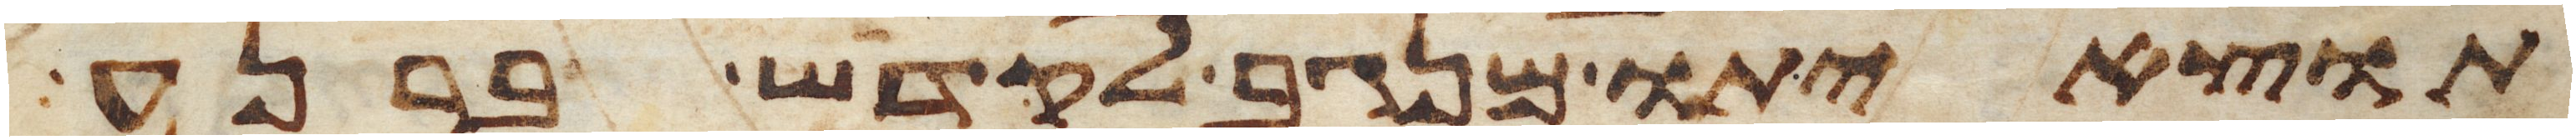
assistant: תוצאיתו מנגב לקדש ברנע